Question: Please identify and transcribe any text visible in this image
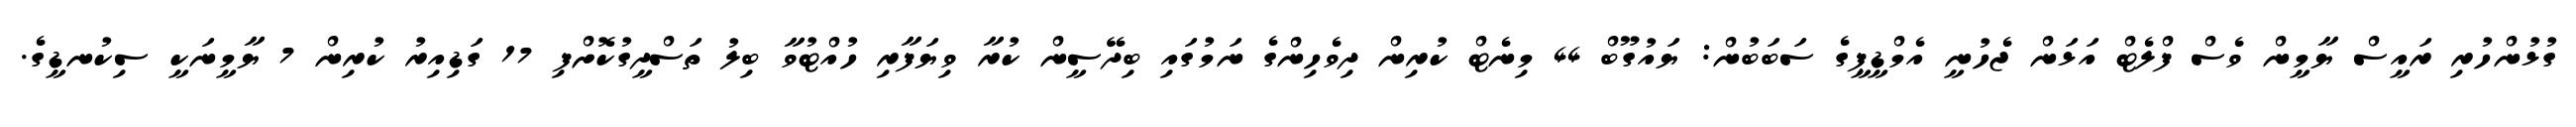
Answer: ގުޅުންހުރި ރައީސް ޔާމީން ވެސް ފްލެޓް އަޅަން ޖެހުނީ އެމްޑީޕީގެ ސަބަބުން: ޔައުގޫބް 44 މިނެޓް ކުރިން ދިވެހިންގެ ނަމުގައި ބިދޭސީން ކުރާ ވިޔަފާރި ހުއްޓުވާ ބިލު ތަސްދީގުކޮށްފި 17 ގަޑިއިރު ކުރިން 7 ޔާމީނަކީ ސިކުނޑީގެ.